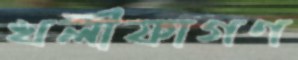
খলীফাগণ